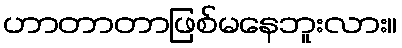
ဟာတာတာဖြစ်မနေဘူးလား။